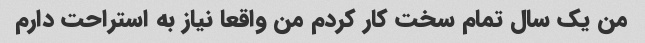
من یک سال تمام سخت کار کردم من واقعا نیاز به استراحت دارم